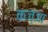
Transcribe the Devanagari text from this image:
कज्जा